Calcutta medical institutions reports 1871-78
Year: 1871
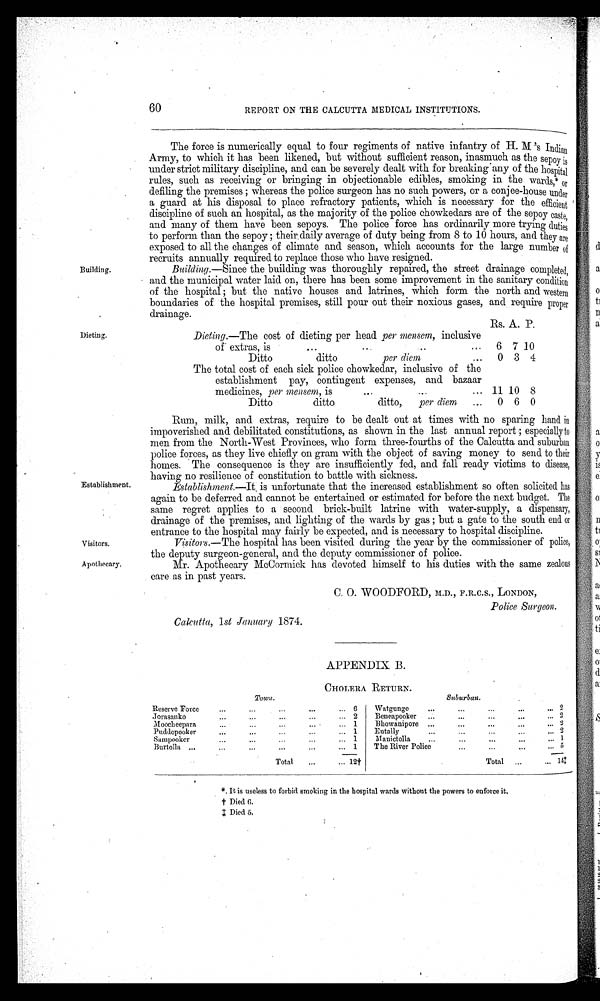
Visitors.
Apothecary.
Building.
Dieting.
Establishment.
60
REPORT ON THE CALCUTTA MEDICAL INSTITUTIONS.
The force is numerically equal to four regiments of native infantry of H. M 's Indian
Army, to which it has been likened, but without sufficient reason, inasmuch as the sepoy is
under strict military discipline, and can be severely dealt with for breaking any of the hospital
rules, such as receiving or bringing in objectionable edibles, smoking in the wards,* or
defiling the premises; whereas the police surgeon has no such powers, or a conjee-house under
a guard at his disposal to place refractory patients, which is necessary for the efficient
discipline of such an hospital, as the majority of the police chowkedars are of the sepoy caste,
and many of them have been sepoys. The police force has ordinarily more trying duties
to perform than the sepoy; their daily average of duty being from 8 to 10 hours, and they are
exposed to all the changes of climate and season, which accounts for the large number of
recruits annually required to replace those who have resigned.
Building.—Since the building was thoroughly repaired, the street drainage completed,
and the municipal water laid on, there has been some improvement in the sanitary condition
of the hospital; but the native houses and latrines, which form the north and western
boundaries of the hospital premises, still pour out their noxious gases, and require proper
d r a i n a g e .
Rs. A. P.
Dieting.—The cost of dieting per head per mensem, inclusive
of extras, is
6 7 10
Ditto ditto
per diem
0 3 4
The total cost of each sick police chowkedar, inclusive of the
establishment pay, contingent expenses, and bazaar
medicines, per mensem, is
11 10 8
Ditto ditto ditto.p
er diem
0 6 0
Rum, milk, and extras, require to be dealt out at times with no sparing hand in
impoverished and debilitated constitutions, as shown in the last annual report; especially to
men from the North-West Provinces, who form three-fourths of the Calcutta and suburban
police forces, as they live chiefly on gram with the object of saving money to send to their
homes. The consequence is they are insufficiently fed, and fall ready victims to disease,
having no resilience of constitution to battle with sickness.
Establishment.—It is unfortunate that the increased establishment so often solicited has
again to be deferred and cannot be entertained or estimated for before the next budget. The
same regret applies to a second brick-built latrine with water-supply, a dispensary,
drainage of the premises, and lighting of the wards by gas; but a gate to the south end or
entrance to the hospital may fairly be expected, and is necessary to hospital discipline.
Visitors.—The hospital has been visited during the year by the commissioner of police,
the deputy surgeon-general, and the deputy commissioner of police.
Mr. Apothecary McCormick has devoted himself to his duties with the same zealous
care as in past years.
C. 0. WOODFORD, M.D., F.R.C.S., LONDON,
Police Surgeon.
Calcutta, 1st January 1874.
APPENDIX B.
CHOLERA RETURN.
Town.
Suburban.
Reserve Force
...
...
6
Watgunge
...
...
2
Jorasanko
. . .
...
2
Beneapooker
...
...
2
M o o c h e e p a r
. . .
...
1
Bhowanipore
. . .
...
... 2
Puddopooker
...
...
1
Eutally
...
...
2
Sampooke
. . . ...
. 1
Manictolla
. . .
...
1
B u r t o l l a
...
...
1
The River Police
...
...
5
.
Total
12†
Total
1 4 †
* It i s usel ess t o forbi d smoki ng i n t he hospi t al wards wi t hout t he powers t o enforce i t .
† Died 6.
‡
D i e d 5 .